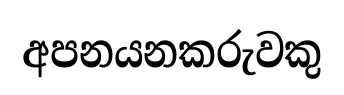
අපනයනකරුවකු